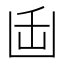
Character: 𭂻